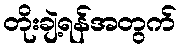
တိုးချဲ့ရန်အတွက်